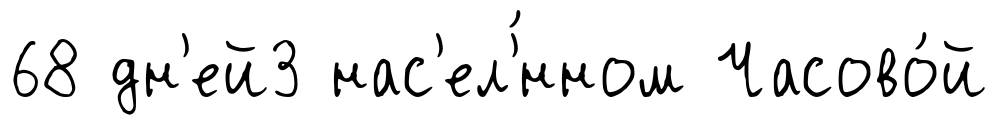
68 дн'ей3 нас'ел'́нном Часово́й